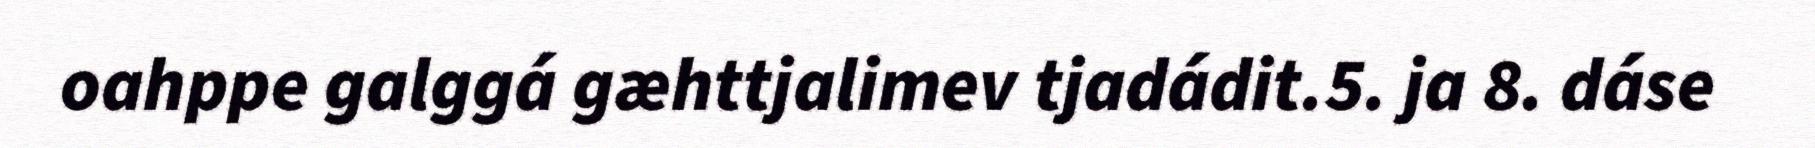
oahppe galggá gæhttjalimev tjadádit.5. ja 8. dáse